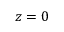
z = 0